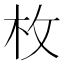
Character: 枚